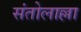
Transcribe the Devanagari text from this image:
संतोलाल्ला